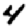
Digit: 4